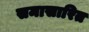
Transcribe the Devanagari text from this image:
समासारित